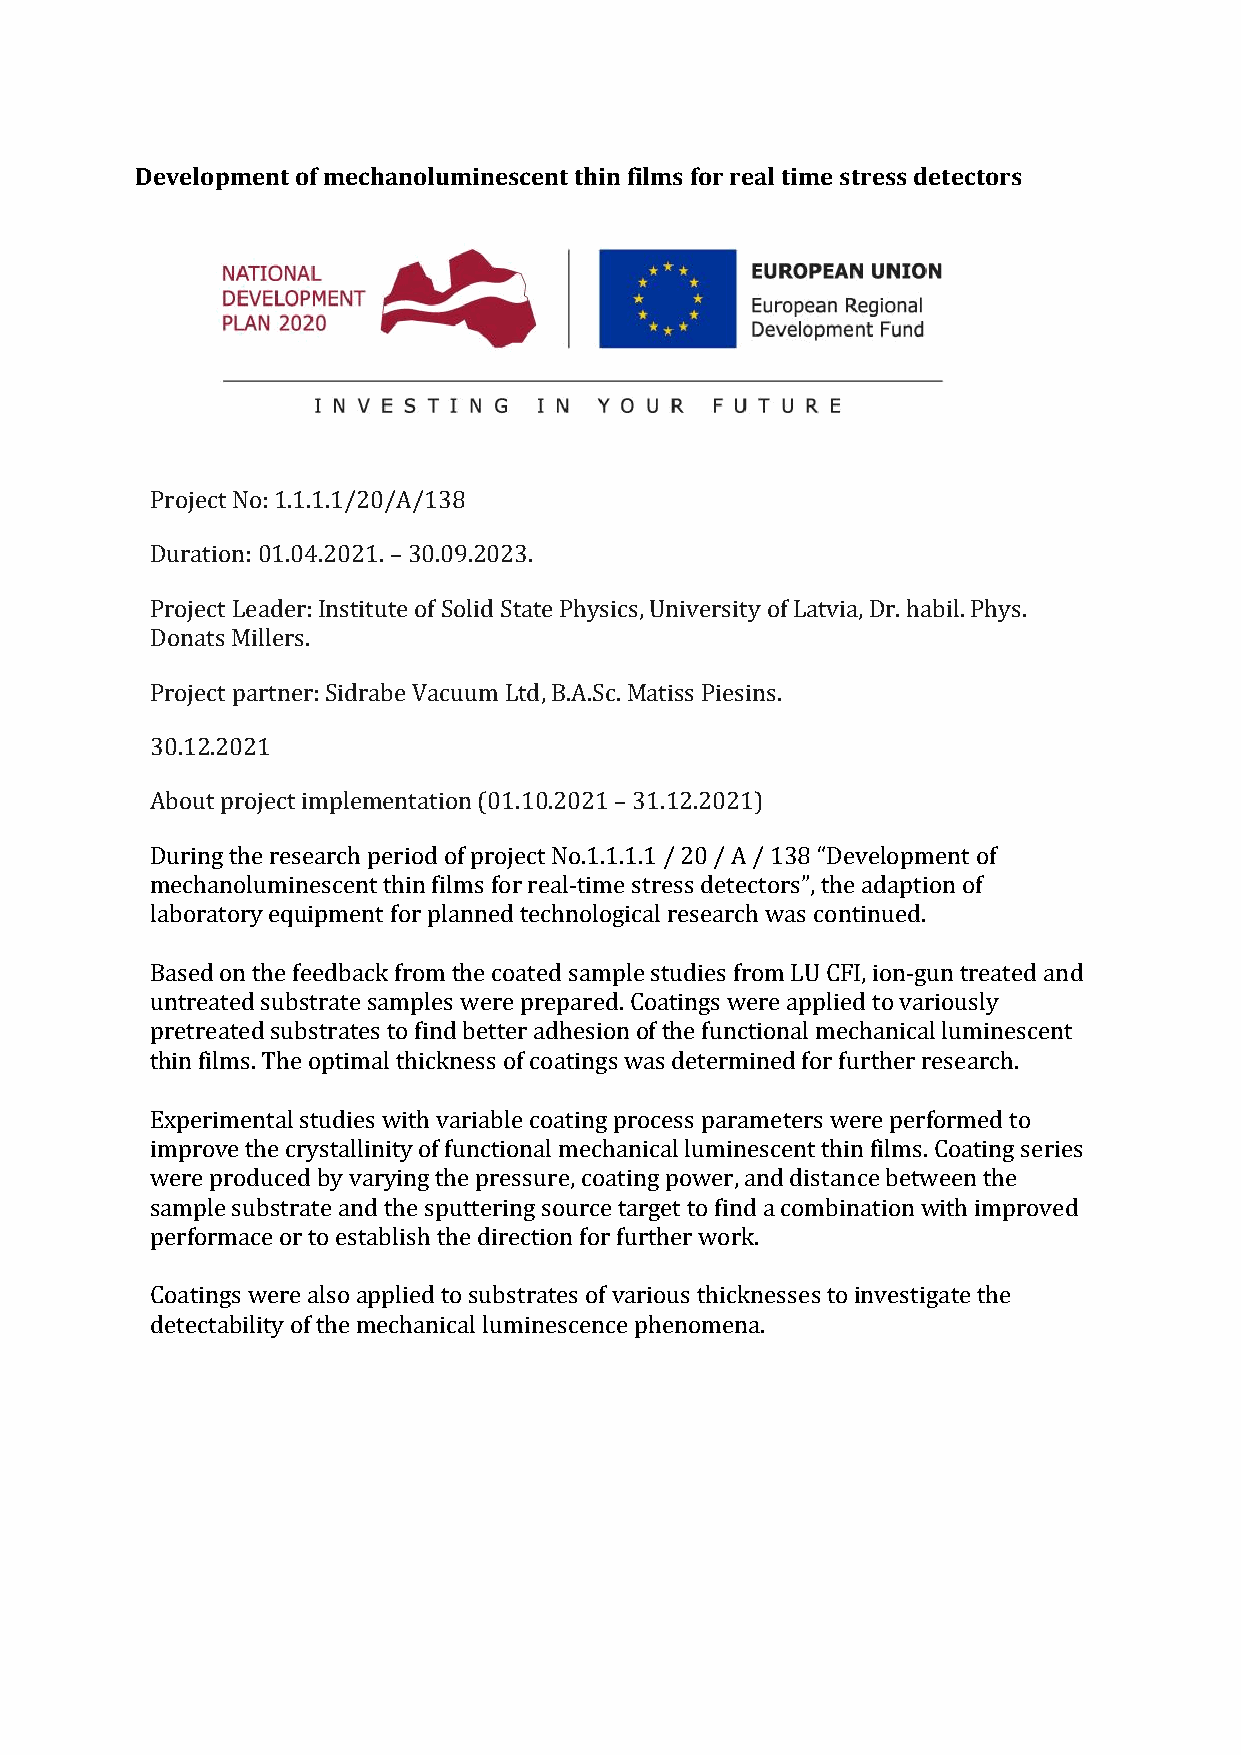
Development of mechanoluminescent thin films for real time stress detectors
 Project No: 1.1.1.1/20/A/138
 Duration: 01.04.2021. – 30.09.2023.
 Project Leader: Institute of Solid State Physics, University of Latvia, Dr. habil. Phys.
 Donats Millers.
 Project partner: Sidrabe Vacuum Ltd, B.A.Sc. Matiss Piesins.
 30.12.2021
 About project implementation (01.10.2021 – 31.12.2021)
 During the research period of project No.1.1.1.1 / 20 / A / 138 “Development of
 mechanoluminescent thin films for real-time stress detectors”, the adaption of
 laboratory equipment for planned technological research was continued.
 Based on the feedback from the coated sample studies from LU CFI, ion-gun treated and
 untreated substrate samples were prepared. Coatings were applied to variously
 pretreated substrates to find better adhesion of the functional mechanical luminescent
 thin films. The optimal thickness of coatings was determined for further research.
 Experimental studies with variable coating process parameters were performed to
 improve the crystallinity of functional mechanical luminescent thin films. Coating series
 were produced by varying the pressure, coating power, and distance between the
 sample substrate and the sputtering source target to find a combination with improved
 performace or to establish the direction for further work.
 Coatings were also applied to substrates of various thicknesses to investigate the
 detectability of the mechanical luminescence phenomena.